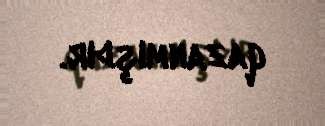
qazanmışdır.